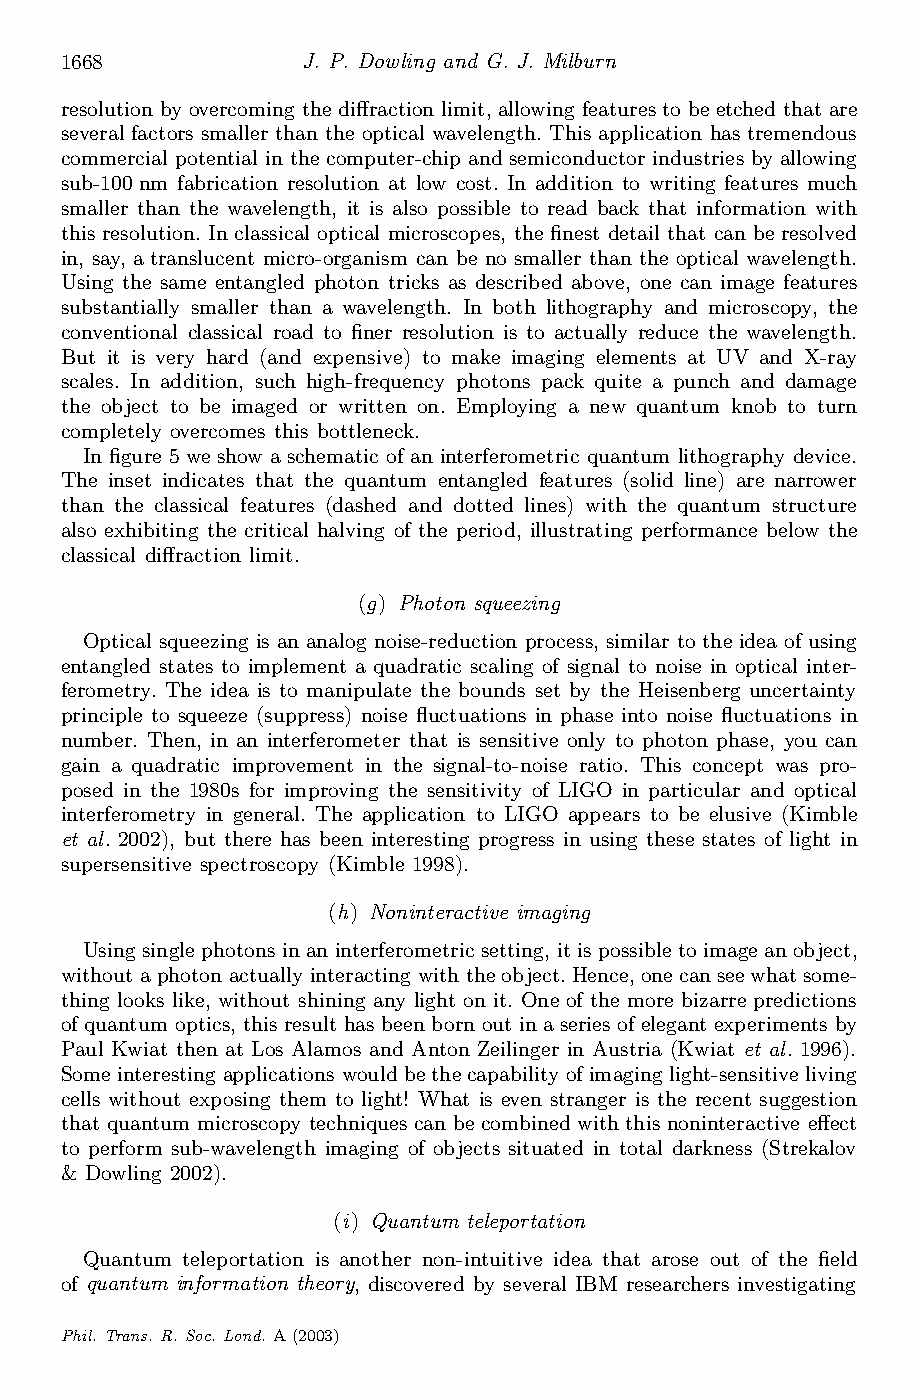
1668            J. P. Dowling and G. J. Milburn
 resolution byovercoming thedi®raction limit, allowing featuresto beetchedthat are
 several factors smaller than the optical wavelength. This application has tremendous
 commercial potential in thecomputer-chip and semiconductor industries byallowing
 sub-100nm fabrication resolution at low cost. In addition to writing features much
 smaller than the wavelength, it is also possible to read back that information with
 this resolution. In classical optical microscopes, the ¯nest detail that can be resolved
 in, say, a translucent micro-organism can be no smaller than the optical wavelength.
 Using the same entangled photon tricks as described above, one can image features
 substantially smaller than a wavelength. In both lithography and microscopy, the
 conventional classical road to ¯ner resolution is to actually reduce the wavelength.
 But it is very hard (and expensive) to make imaging elements at UV and X-ray
 scales. In addition, such high-frequency photons pack quite a punch and damage
 the object to be imaged or written on. Employing a new quantum knob to turn
 completely overcomes this bottleneck.
 In ¯gure 5we show aschematic of an interferometric quantum lithography device.
 The inset indicates that the quantum entangled features (solid line) are narrower
 than the classical features (dashed and dotted lines) with the quantum structure
 also exhibiting the critical halving of the period, illustrating performance below the
 classical di®raction limit.
 (g) Photon squeezing
 Optical squeezing is an analog noise-reduction process, similar to the idea of using
 entangled states to implement a quadratic scaling of signal to noise in optical inter-
 ferometry. The idea is to manipulate the bounds set by the Heisenberg uncertainty
 principle to squeeze (suppress) noise °uctuations in phase into noise °uctuations in
 number. Then, in an interferometer that is sensitive only to photon phase, you can
 gain a quadratic improvement in the signal-to-noise ratio. This concept was pro-
 posed in the 1980s for improving the sensitivity of LIGO in particular and optical
 interferometry in general. The application to LIGO appears to be elusive (Kimble
 et al. 2002), but there has been interesting progress in using these states of light in
 supersensitive spectroscopy (Kimble 1998).
 (h) Noninteractive imaging
 Usingsingle photons inan interferometric setting, itispossibletoimage an object,
 withoutaphoton actually interacting withtheobject.Hence,onecan seewhatsome-
 thing looks like, without shining any light on it. One of the more bizarre predictions
 ofquantum optics, this result has beenborn out inaseriesofelegant experiments by
 Paul Kwiat then at Los Alamos and Anton Zeilinger in Austria (Kwiat et al. 1996).
 Some interesting applications wouldbethecapability ofimaging light-sensitive living
 cells without exposing them to light! What is even stranger is the recent suggestion
 that quantum microscopy techniques can be combined withthis noninteractive e®ect
 to perform sub-wavelength imaging of objects situated in total darkness (Strekalov
 & Dowling 2002).
 (i) Quantum teleportation
 Quantum teleportation is another non-intuitive idea that arose out of the ¯eld
 of quantum information theory, discovered by several IBM researchers investigating
 Phil.Trans. R. Soc. Lond. A(2003)